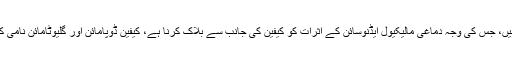
یہ گرم مشروبات صرف ذہن کو ہی نہیں جگاتے بلکہ مزاج کو بھی خوشگوار بناتے ہیں، جس کی وجہ دماغی مالیکیول ایڈنوسائن کے اثرات کو کیفین کی جانب سے بلاک کرنا ہے، کیفین ڈوپامائن اور گلیوٹامائن نامی کیمیکلز کو دماغ میں حرکت میں لاتا ہے جو کہ زیادہ الرٹ، مزاج کو بہتر بناتے ہیں۔